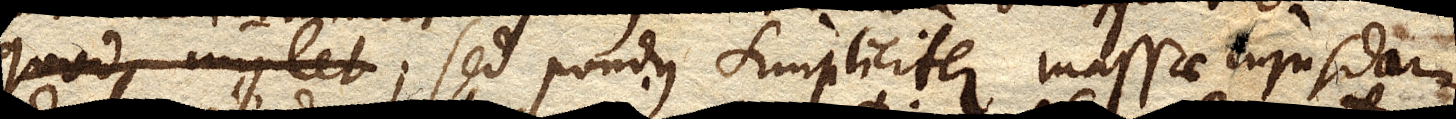
sed pondus simpliciter massae cujusdam